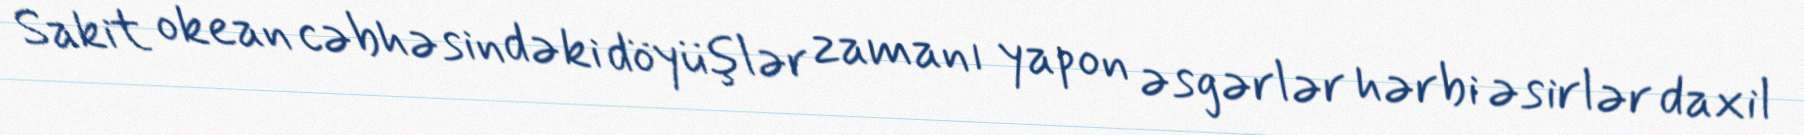
Sakit okean cəbhəsindəki döyüşlər zamanı yapon əsgərlər hərbi əsirlər daxil